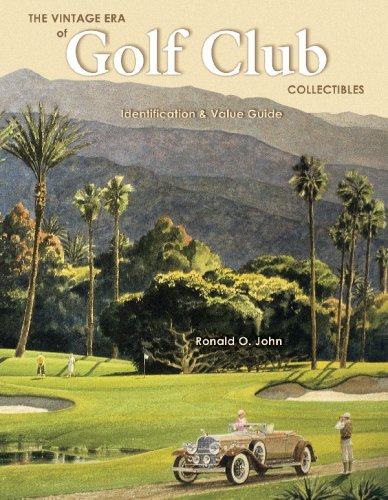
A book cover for The Vintage Era of Golf Club Collectibles: Identification & Value Guide; Ronald John; Crafts, Hobbies & Home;